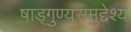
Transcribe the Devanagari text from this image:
षाड्गुण्यसमुद्देश्य